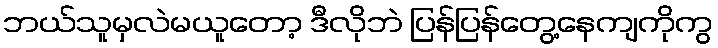
ဘယ်သူမှလဲမယူတော့ ဒီလိုဘဲ ပြန်ပြန်တွေ့နေကျကိုကွ